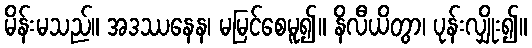
မိန်းမသည်။ အဒဿနေန၊ မမြင်စေမူ၍။ နိလီယိတွာ၊ ပုန်းလျှိုး၍။